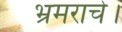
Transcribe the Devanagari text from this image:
भ्रमराचे।